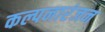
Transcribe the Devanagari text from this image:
कल्पनारंजन